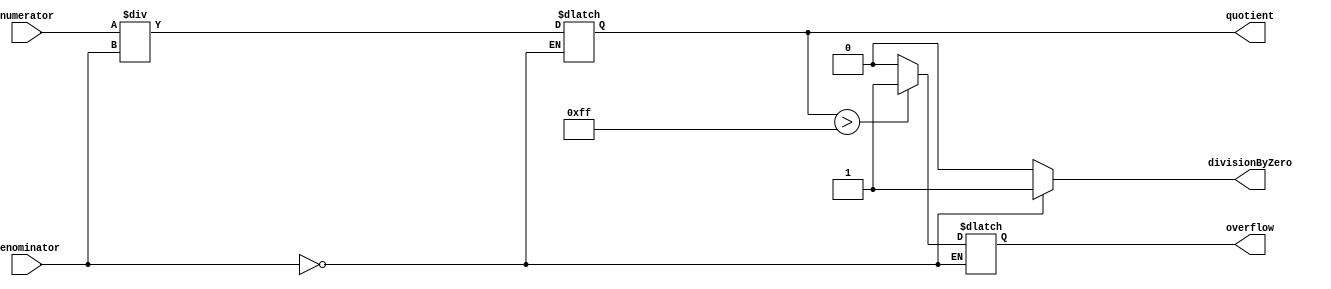
module FractionalDivider (
    input [7:0] numerator,
    input [7:0] denominator,
    output reg [15:0] quotient,
    output reg overflow,
    output reg divisionByZero
);

always @(numerator, denominator) begin
    if (denominator == 0) begin
        divisionByZero <= 1;
    end else begin
        divisionByZero <= 0;
        quotient <= numerator / denominator;
        if (quotient > 255) begin
            overflow <= 1;
        end else begin
            overflow <= 0;
        end
    end
end

endmodule